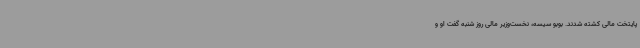
پایتخت مالی کشته شدند. بوبو سیسه، نخست‌وزیر مالی روز شنبه گفت او و